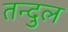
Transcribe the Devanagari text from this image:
तन्दुल